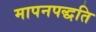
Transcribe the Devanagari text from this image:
मापनपद्धति